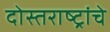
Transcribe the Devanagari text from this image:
दोस्तराष्ट्रांचे